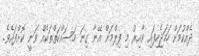
ދެއްކުމަށް ހަމަޖެހިފައި ވާއިރު މި ފިލްމަށް އޭނާ ގިނަ މަސައްކަތްތަކެއް ވަނީ ކޮށްފައެވެ.